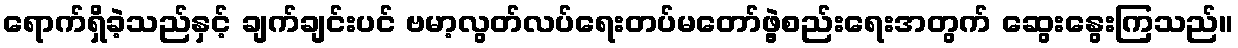
ရောက်ရှိခဲ့သည်နှင့် ချက်ချင်းပင် ဗမာ့လွတ်လပ်ရေးတပ်မတော်ဖွဲ့စည်းရေးအတွက် ဆွေးနွေးကြသည်။